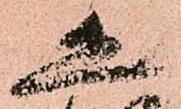
恐